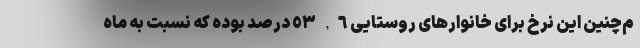
م‌چنین این نرخ برای خانوارهای روستایی ٥٣,٦ درصد بوده که نسبت به ماه